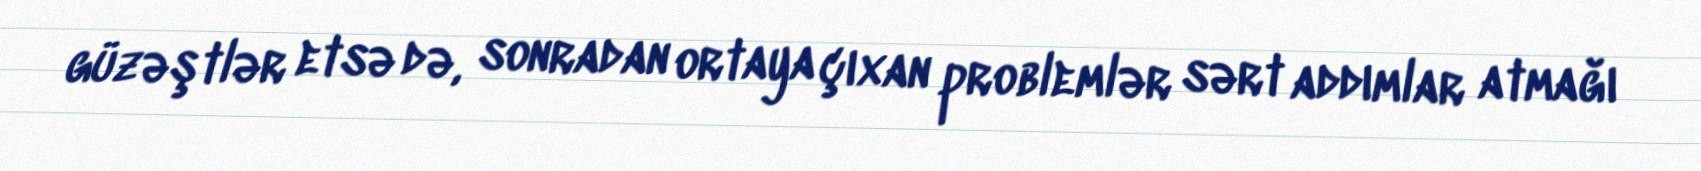
güzəştlər etsə də, sonradan ortaya çıxan problemlər sərt addımlar atmağı